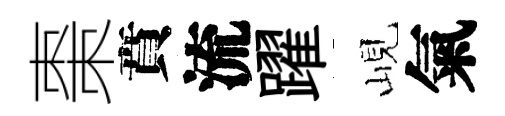
棗賁流躍峴氣